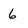
Character: 6